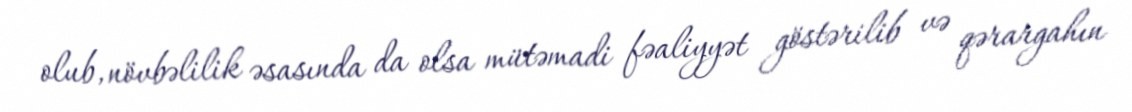
olub, növbəlilik əsasında da olsa mütəmadi fəaliyyət göstərilib və qərargahın